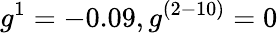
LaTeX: g^{1}=-0.09,g^{(2-10)}=0